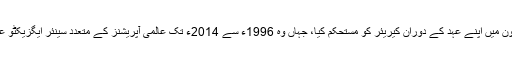
جناب ریس نے ڈینون میں اپنے عہد کے دوران کیریئر کو مستحکم کیا، جہاں وہ 1996ء سے 2014ء تک عالمی آپریشنز کے متعدد سینئر ایگزیکٹو عہدوں پر فائز رہے۔